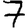
Digit: 7